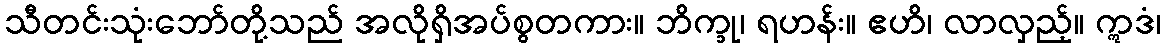
သီတင်းသုံးဘော်တို့သည် အလိုရှိအပ်စွတကား။ ဘိက္ခု၊ ရဟန်း။ ဧဟိ၊ လာလှည့်။ ဣဒံ၊